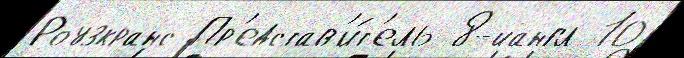
Роузкранс Пр'едстав'и́т'ель 8-йангл 10